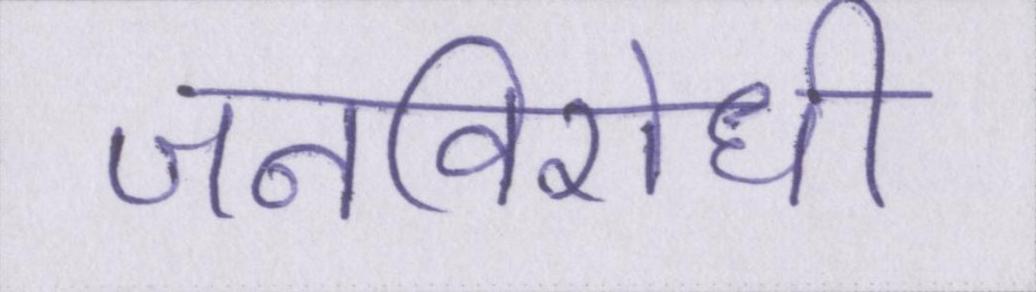
जनविरोधी